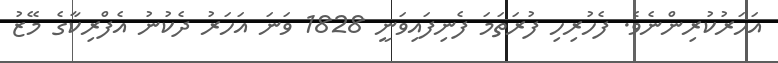
އަހަރުކުރިންނެވެ. ފެހުރިހި ފުރަތަމަ ފެނިފައިވަނީ 1828 ވަނަ އަހަރު ދެކުނު އެފްރިކާގެ މޭޒު